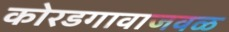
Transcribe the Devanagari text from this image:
कोरडगावाजवळ